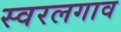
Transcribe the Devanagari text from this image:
स्वरलगाव